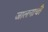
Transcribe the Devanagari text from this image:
जालनाची